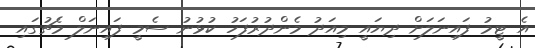
އެ ޓީމު ފައިނަލަށް ދިޔައީ މިއަދު މެންދުރުފަހު ކުޅުނު ސެމީ ފައިނަލް މެޗުގައި